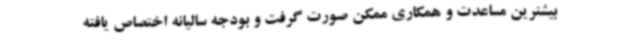
بیشترین مساعدت و همکاری ممکن صورت گرفت و بودجه سالیانه اختصاص یافته